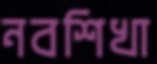
নবশিখা